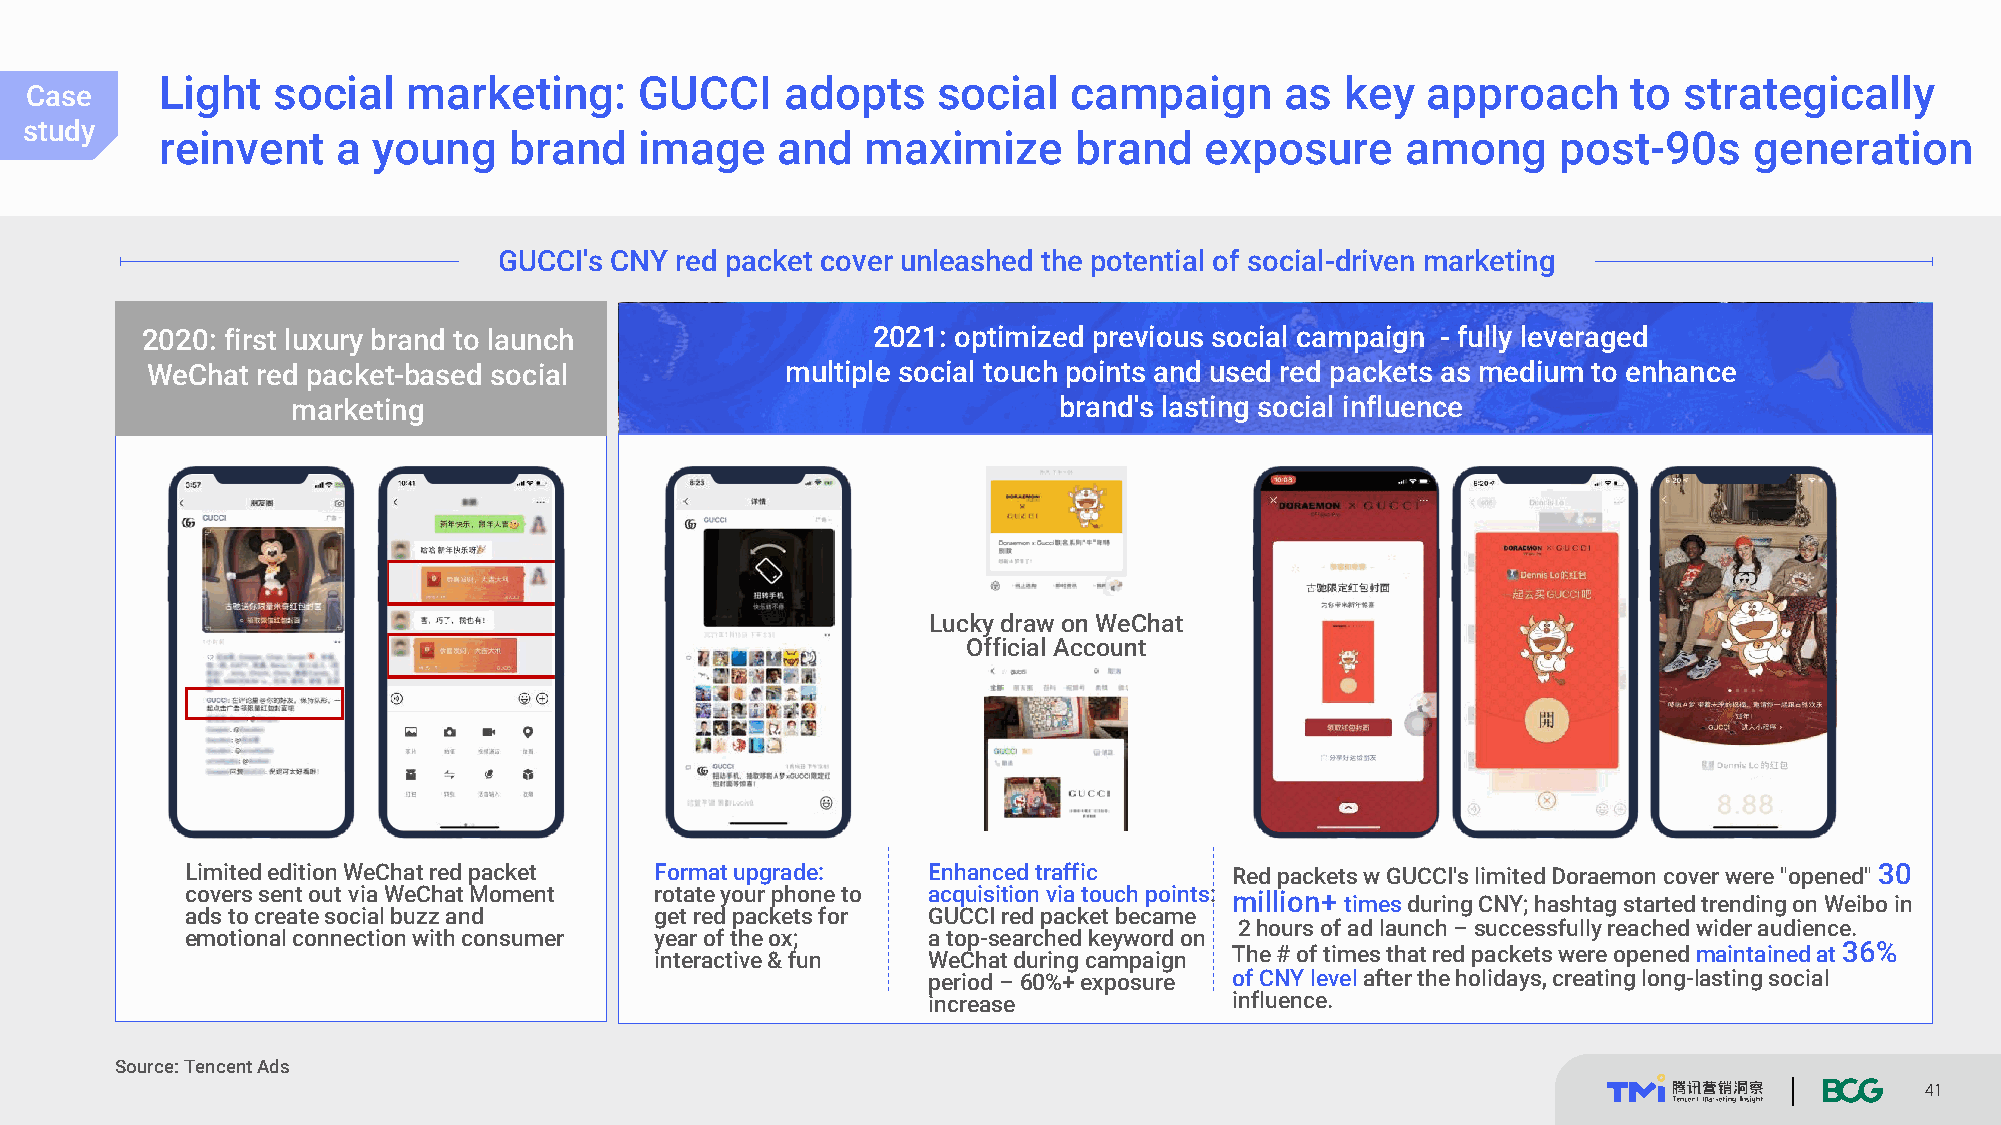
Light  social   marketing:     GUCCI     adopts    social   campaign      as  key  approach      to strategically
 Case案
 study例
 reinvent   a  young    brand   image    and   maximize      brand    exposure     among     post-90s     generation
 GUCCI's CNY red packet cover unleashed the potential of social-driven marketing
 2020: first luxury brand to launch               2021: optimized previous social campaign - fully leveraged
 WeChat red packet-based social            multiple social touch points and used red packets as medium to enhance
 marketing                                          brand's lasting social influence
 Lucky draw on WeChat
 Official Account
 Limited edition WeChat red packet Format upgrade: Enhanced traffic    Red packets w GUCCI's limited Doraemon cover were "opened" 30
 covers sent out via WeChat Moment rotate your phone to acquisition via touch points: million+ times during CNY; hashtag started trending on Weibo in
 ads to create social buzz and  get red packets for GUCCI red packet became
 2 hours of ad launch –successfully reached wider audience.
 emotional connection with consumer year of the ox; a top-searched keyword on
 interactive & fun WeChat during campaign The # of times that red packets were opened maintained at 36%
 period –60%+ exposure of CNY level after the holidays, creating long-lasting social
 increase             influence.
 Source: Tencent Ads
 41